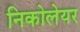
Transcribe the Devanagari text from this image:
निकोलेयर